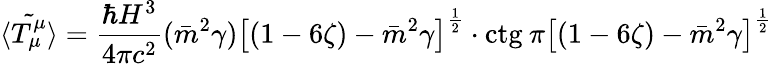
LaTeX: {\tilde{\langle T_{\mu}^{\mu}\rangle}}=\frac{\hbar H^{3}}{4\pi c^{2}}(\bar{m}^{2}\gamma)\left\lbrack(1-6\zeta)-\bar{m}^{2}\gamma\right\rbrack^{\frac{1}{2}}\cdot\mathrm{ctg}\: \pi\left\lbrack(1-6\zeta)-\bar{m}^{2}\gamma\right\rbrack^{\frac{1}{2}}